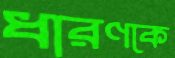
ধারণকে